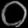
Digit: ၀